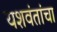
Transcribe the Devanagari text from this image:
यशवंतांचा